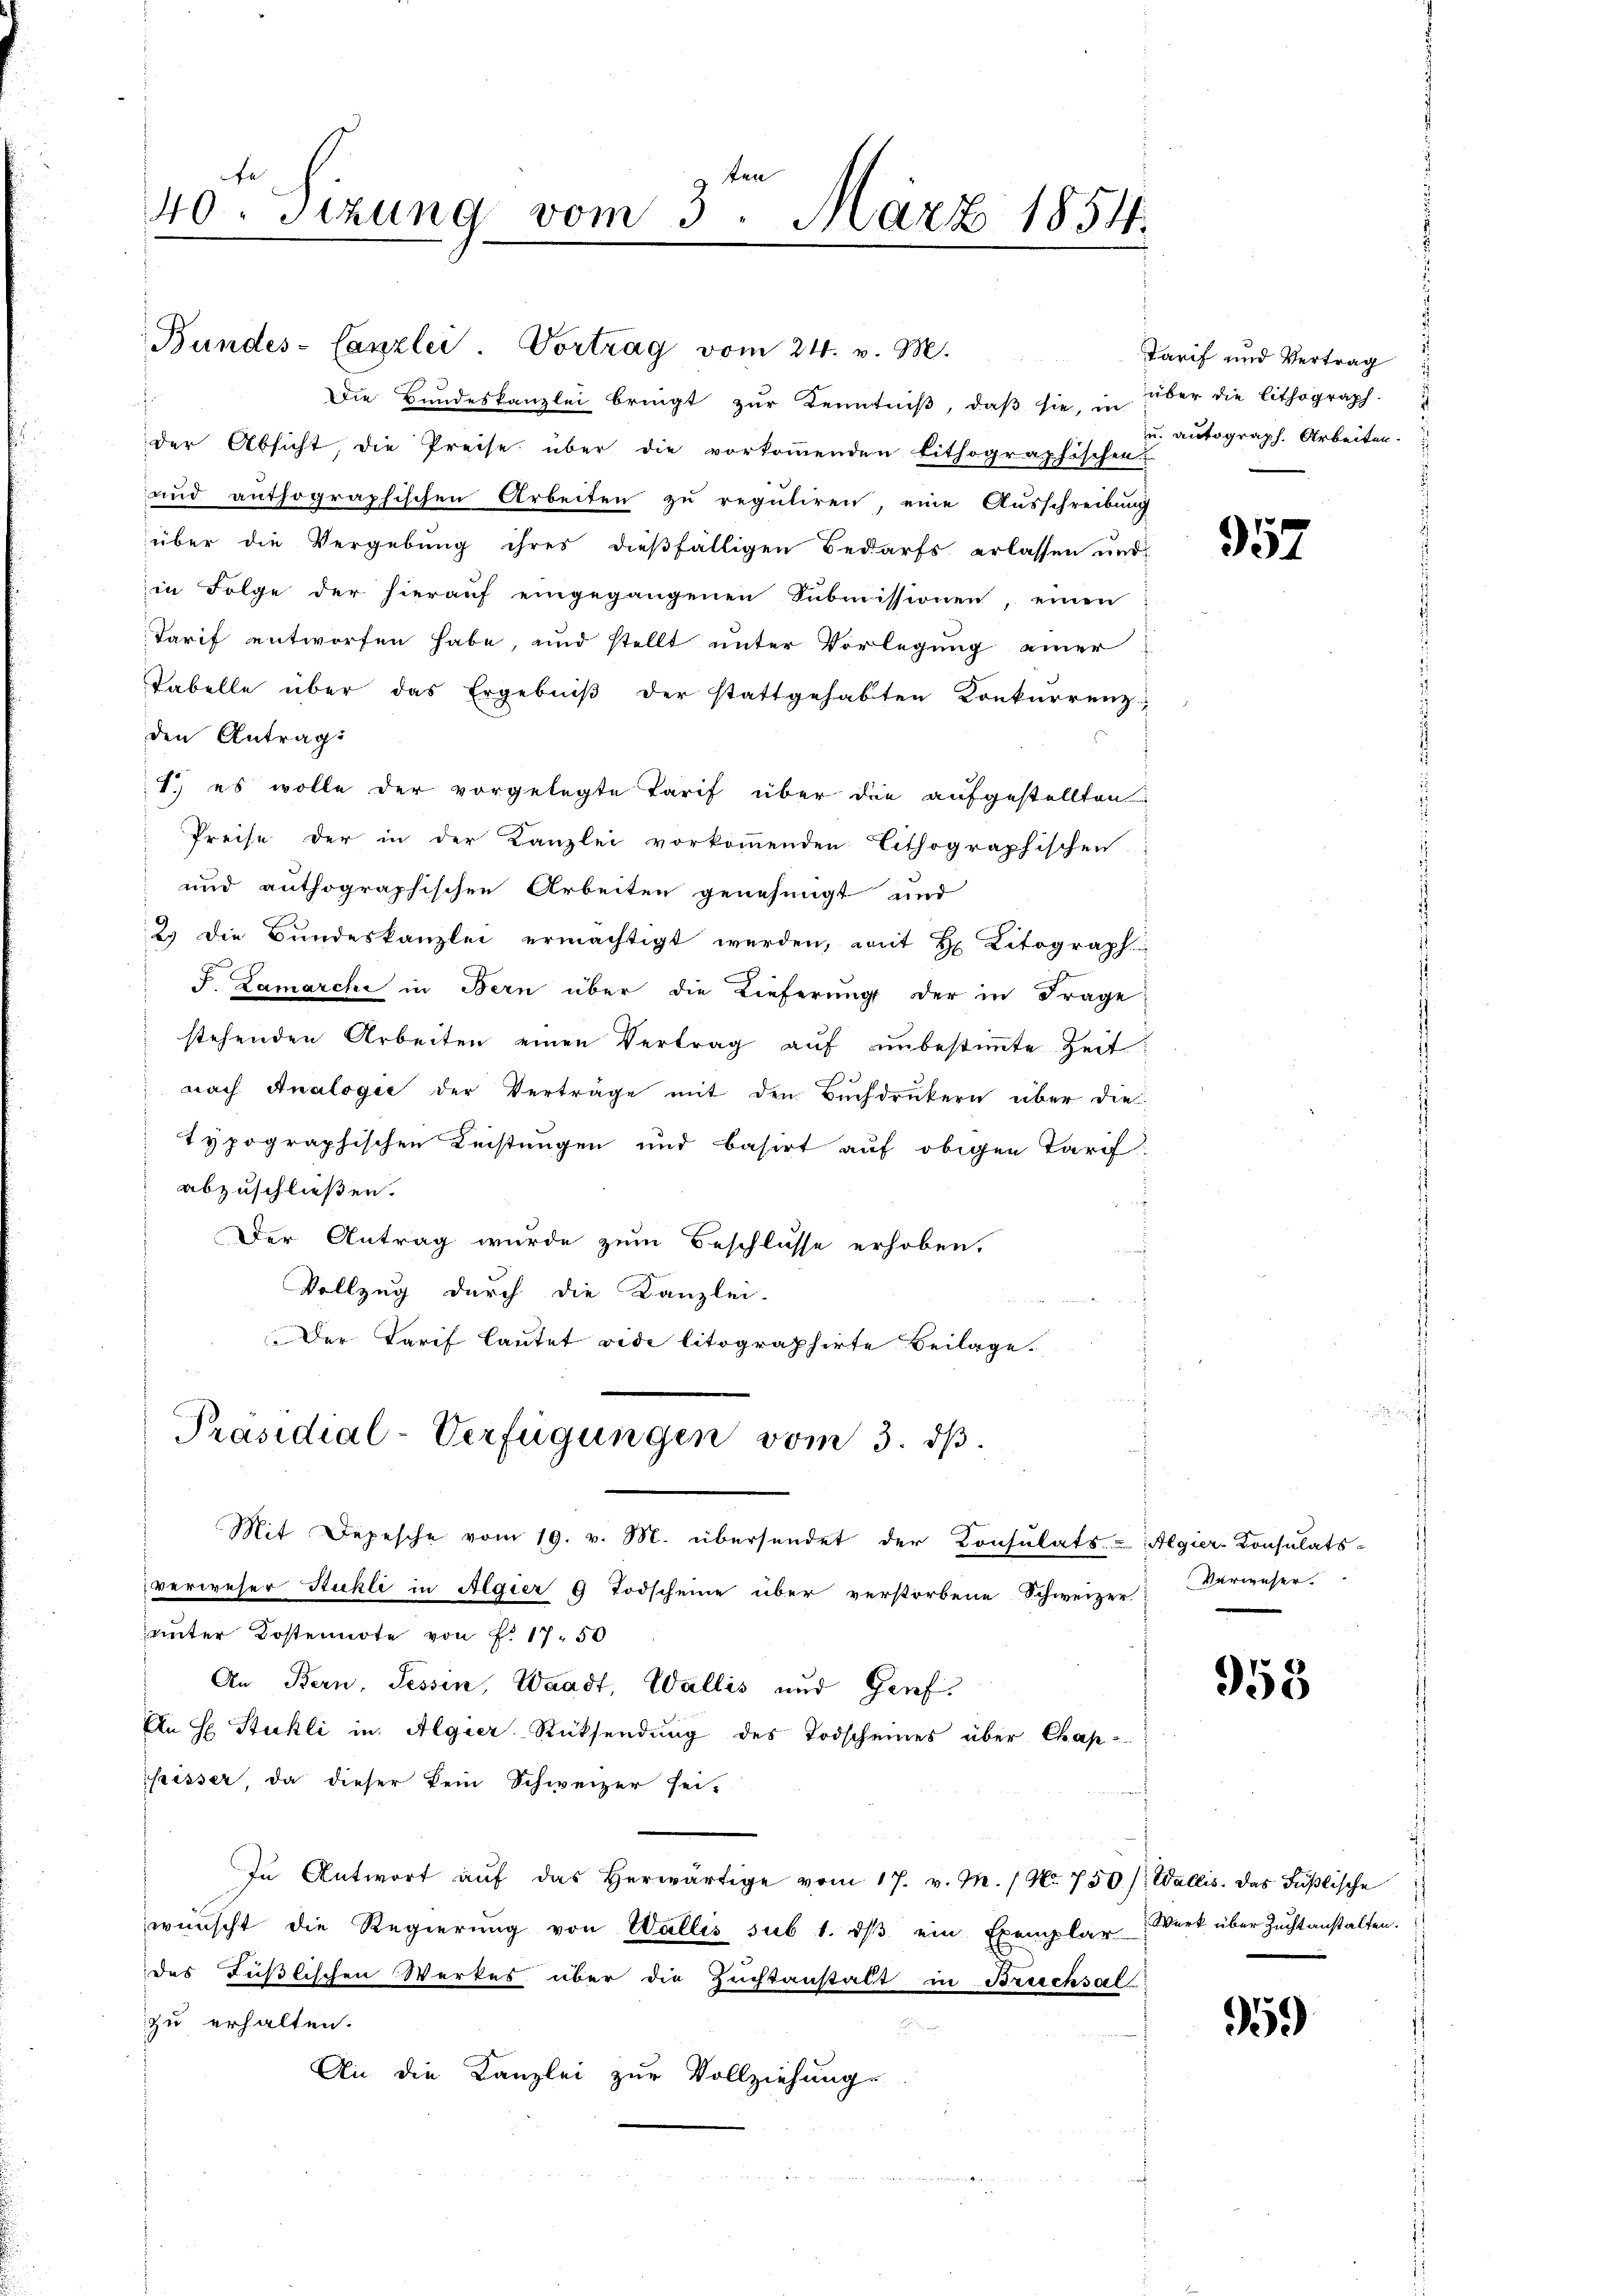
ter
40. Sizung vom 3. März 1854.

Die Bundeskanzlei bringt zŭr Kenntniβ, daβ sie, in über die Lithograph.
h
der Absicht, die Preise über die vorkommenden lithographischen
und anthographischen Arbeiten zu reguliren, eine Ausschreibung
über die Vergebung ihres dießfälligen Bedarfs erlassen und
in Folge der hierauf eingegangenen Submissionen, einen
Tarif entworfen habe, und stellt unter Vorlegung einer
Tabelle über das Ergebniß der stattgehabten Konkurrenz
den Antrag:
1. es wolle der vorgelegte Tarif über die aufgestellten
Preise der in der Kanzlei vorkommenden Lithographischen
und authographischen Arbeiten genehmigt und
2 die Bŭndeskanzlei ermächtigt werden, mit H. Litograph
J. Lamarchi in Bern über die Lieferung der in Frage
stehenden Arbeiten einen Vertrag auf unbestimmte Zeit
nach Analogie der Verträge mit den Buchdruckern über die
typographischen Leistungen und basirt auf obigen Tarif
abzuschließen.
Der Antrag wurde zum Beschlusse erhoben.
Vollzug durch die Kanzlei-
e
Der Tarif lautet vide litographirte Beilage.
Präsidial-Verfügungen vom 3. dβ.
Mit Depesche vom 19. v. M. übersendet der Consulats-Algier-Consulats-
verweser Stukli in Algier 9 Todscheine über verstorbene Schweizer Verweser
unter Kostennote von P. 1750
An Bern, Tessin, Waadt, Wallis und Genf.
An H Stukli in Algier Rücksendung des Todscheines über Chap
feisser, da dieser kein Schweizer sei-
In Antwort aŭf das herwärtige vom 17. v. M. / No. 750) Wallis. Das Füßlische
wünscht die Regierung von Wallis sub 1. dβ ein Exemplar Werk über Zuchtanstalten.
des Füßlischen Werkes über die Zuchtanstalt in Berichsalt
zu erhalten.

An die Kanzlei zur Vollziehung.

Bundes-Canzlei. Vortrag vom 24. v. M. Tarif und Vertrag

u. Antograph. Arbeiten.

957

958

959)